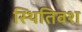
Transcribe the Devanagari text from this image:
स्थितिवश